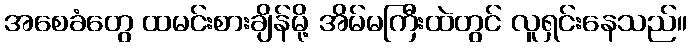
အစေခံတွေ ထမင်းစားချိန်မို့ အိမ်မကြီးထဲတွင် လူရှင်းနေသည်။